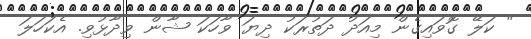
" ކަލޭ ގޮވައިގެން މިއަދު ދަތުރަކު ދިޔަ ވާހަކަ ޝާން ވިދާޅުވި. އެކަހަލަ